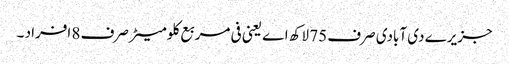
جزیرے دی آبادی صرف 75 لاکھ اے یعنی فی مربع کلومیٹر صرف 8 افراد ۔